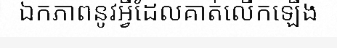
ឯកភាពនូវអ្វីដែលគាត់លើកឡើង